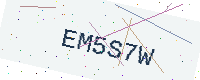
Text: EM5S7W